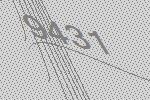
9431